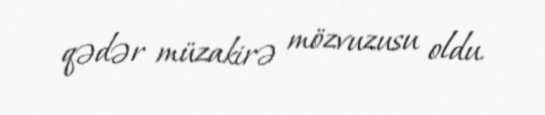
qədər müzakirə mözvuzusu oldu.